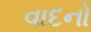
વાદનો